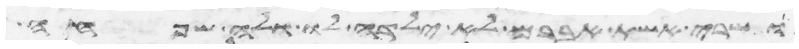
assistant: ושרי אשת אברם לא ילדה לו ולה שפחה